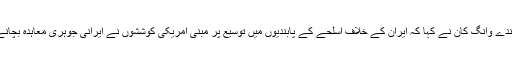
دوسری طرف اقوام متحدہ میں چین کے مستقل نمائندے وانگ کان نے کہا کہ ایران کے خلاف اسلحے کے پابندیوں میں توسیع پر مبنی امریکی کوششوں نے ایرانی جوہری معاہدہ بچانے کے مشترکہ اقدامات کو شدید نقصان پہنچایا ہے۔